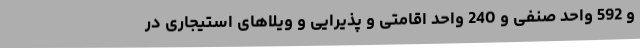
و 592 واحد صنفی و 240 واحد اقامتی و پذیرایی و ویلاهای استیجاری در